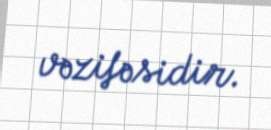
vəzifəsidir.